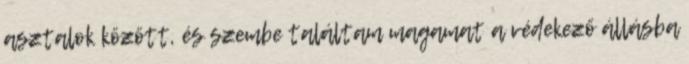
asztalok között, és szembe találtam magamat a védekező állásba